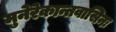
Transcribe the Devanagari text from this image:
मुनेरेकान्तवासिनः